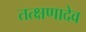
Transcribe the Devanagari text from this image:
तत्क्षणादेव